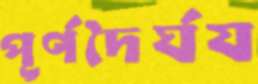
পূর্ণদৈর্ঘয